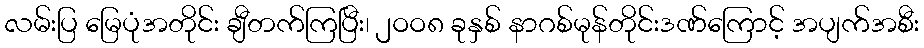
လမ်းပြ မြေပုံအတိုင်း ချီတက်ကြပြီး၊ ၂ဝဝ၈ ခုနှစ် နာဂစ်မုန်တိုင်းဒဏ်ကြောင့် အပျက်အစီး